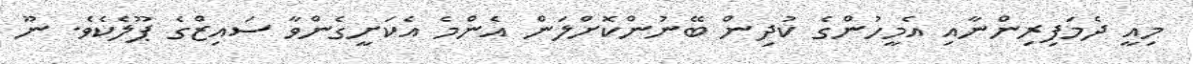
މިއީ ދެމަފިރިންނާއި އެމީހުންގެ ކުދިން ބޭނުންކޮށްލަން އެންމެ އެކަށީގެންވާ ސައިޒްގެ ޕޫލެކެވެ. ނޫ